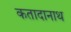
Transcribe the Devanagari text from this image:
कतादानाथ